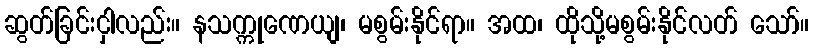
ဆွတ်ခြင်းငှါလည်း။ နသက္ကုဏေယျ၊ မစွမ်းနိုင်ရာ။ အထ၊ ထိုသို့မစွမ်းနိုင်လတ် သော်။